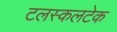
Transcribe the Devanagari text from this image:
टलस्कलटेक